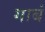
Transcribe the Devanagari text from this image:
गाबं